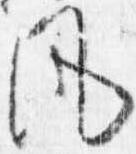
風